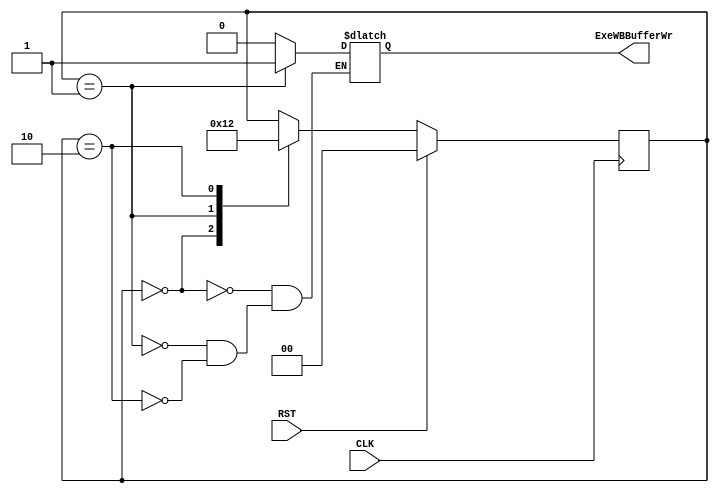
//							Iuri Silva Castro
//			Mestrando em Engenharia Eletrica - PPGEE
//			Universidade Federal de Minas Gerais - UFMG
//									2/2017

/*			Modulo de controle para o estagio de execucao

	Execucao responsavel por encaminhar registros para ula e mult
	e executar operacoes na ula e mult, testar branches
	
*/
module ControlExecute(	CLK,
								RST,
								ExeWBBufferWr);
	
	input CLK, RST;
								
								
	//-- Sinais Execute
	output reg ExeWBBufferWr;		// Sinal para escrever no buffer entre execucao e writeback

	reg [1:0] ExecutionState;		// Estado da maquina de execucao
											// 0: Busca de registros
											// 1: Execucao
											// 2: Stall

	parameter EXE0 = 2'b00, EXE1 = 2'b01, EXE2 = 2'b10;
	
	/* Maquina de estados para a Execucao */
	always @ (posedge CLK) begin
		if ( RST ) begin
			ExecutionState <= EXE0;
		end
		else begin
			case (ExecutionState)
				EXE0: ExecutionState <= EXE1;
				EXE1: ExecutionState <= EXE0;
				EXE2: ExecutionState <= EXE2;
			endcase
		end
	end
	
	/* Sinais para mudancas nos estados de execucao */
	always @ (*) begin
		case (ExecutionState)
			EXE0: begin
				// Busca de registradores
				ExeWBBufferWr		<= 1'b0;
				
			end
			EXE1: begin
				// Execucao e armazenamento no buffer
				ExeWBBufferWr		<= 1'b1;
				
			end
			EXE2: begin
				// Stall
				ExeWBBufferWr		<= 1'b0;
				
			end
		endcase
	end

endmodule